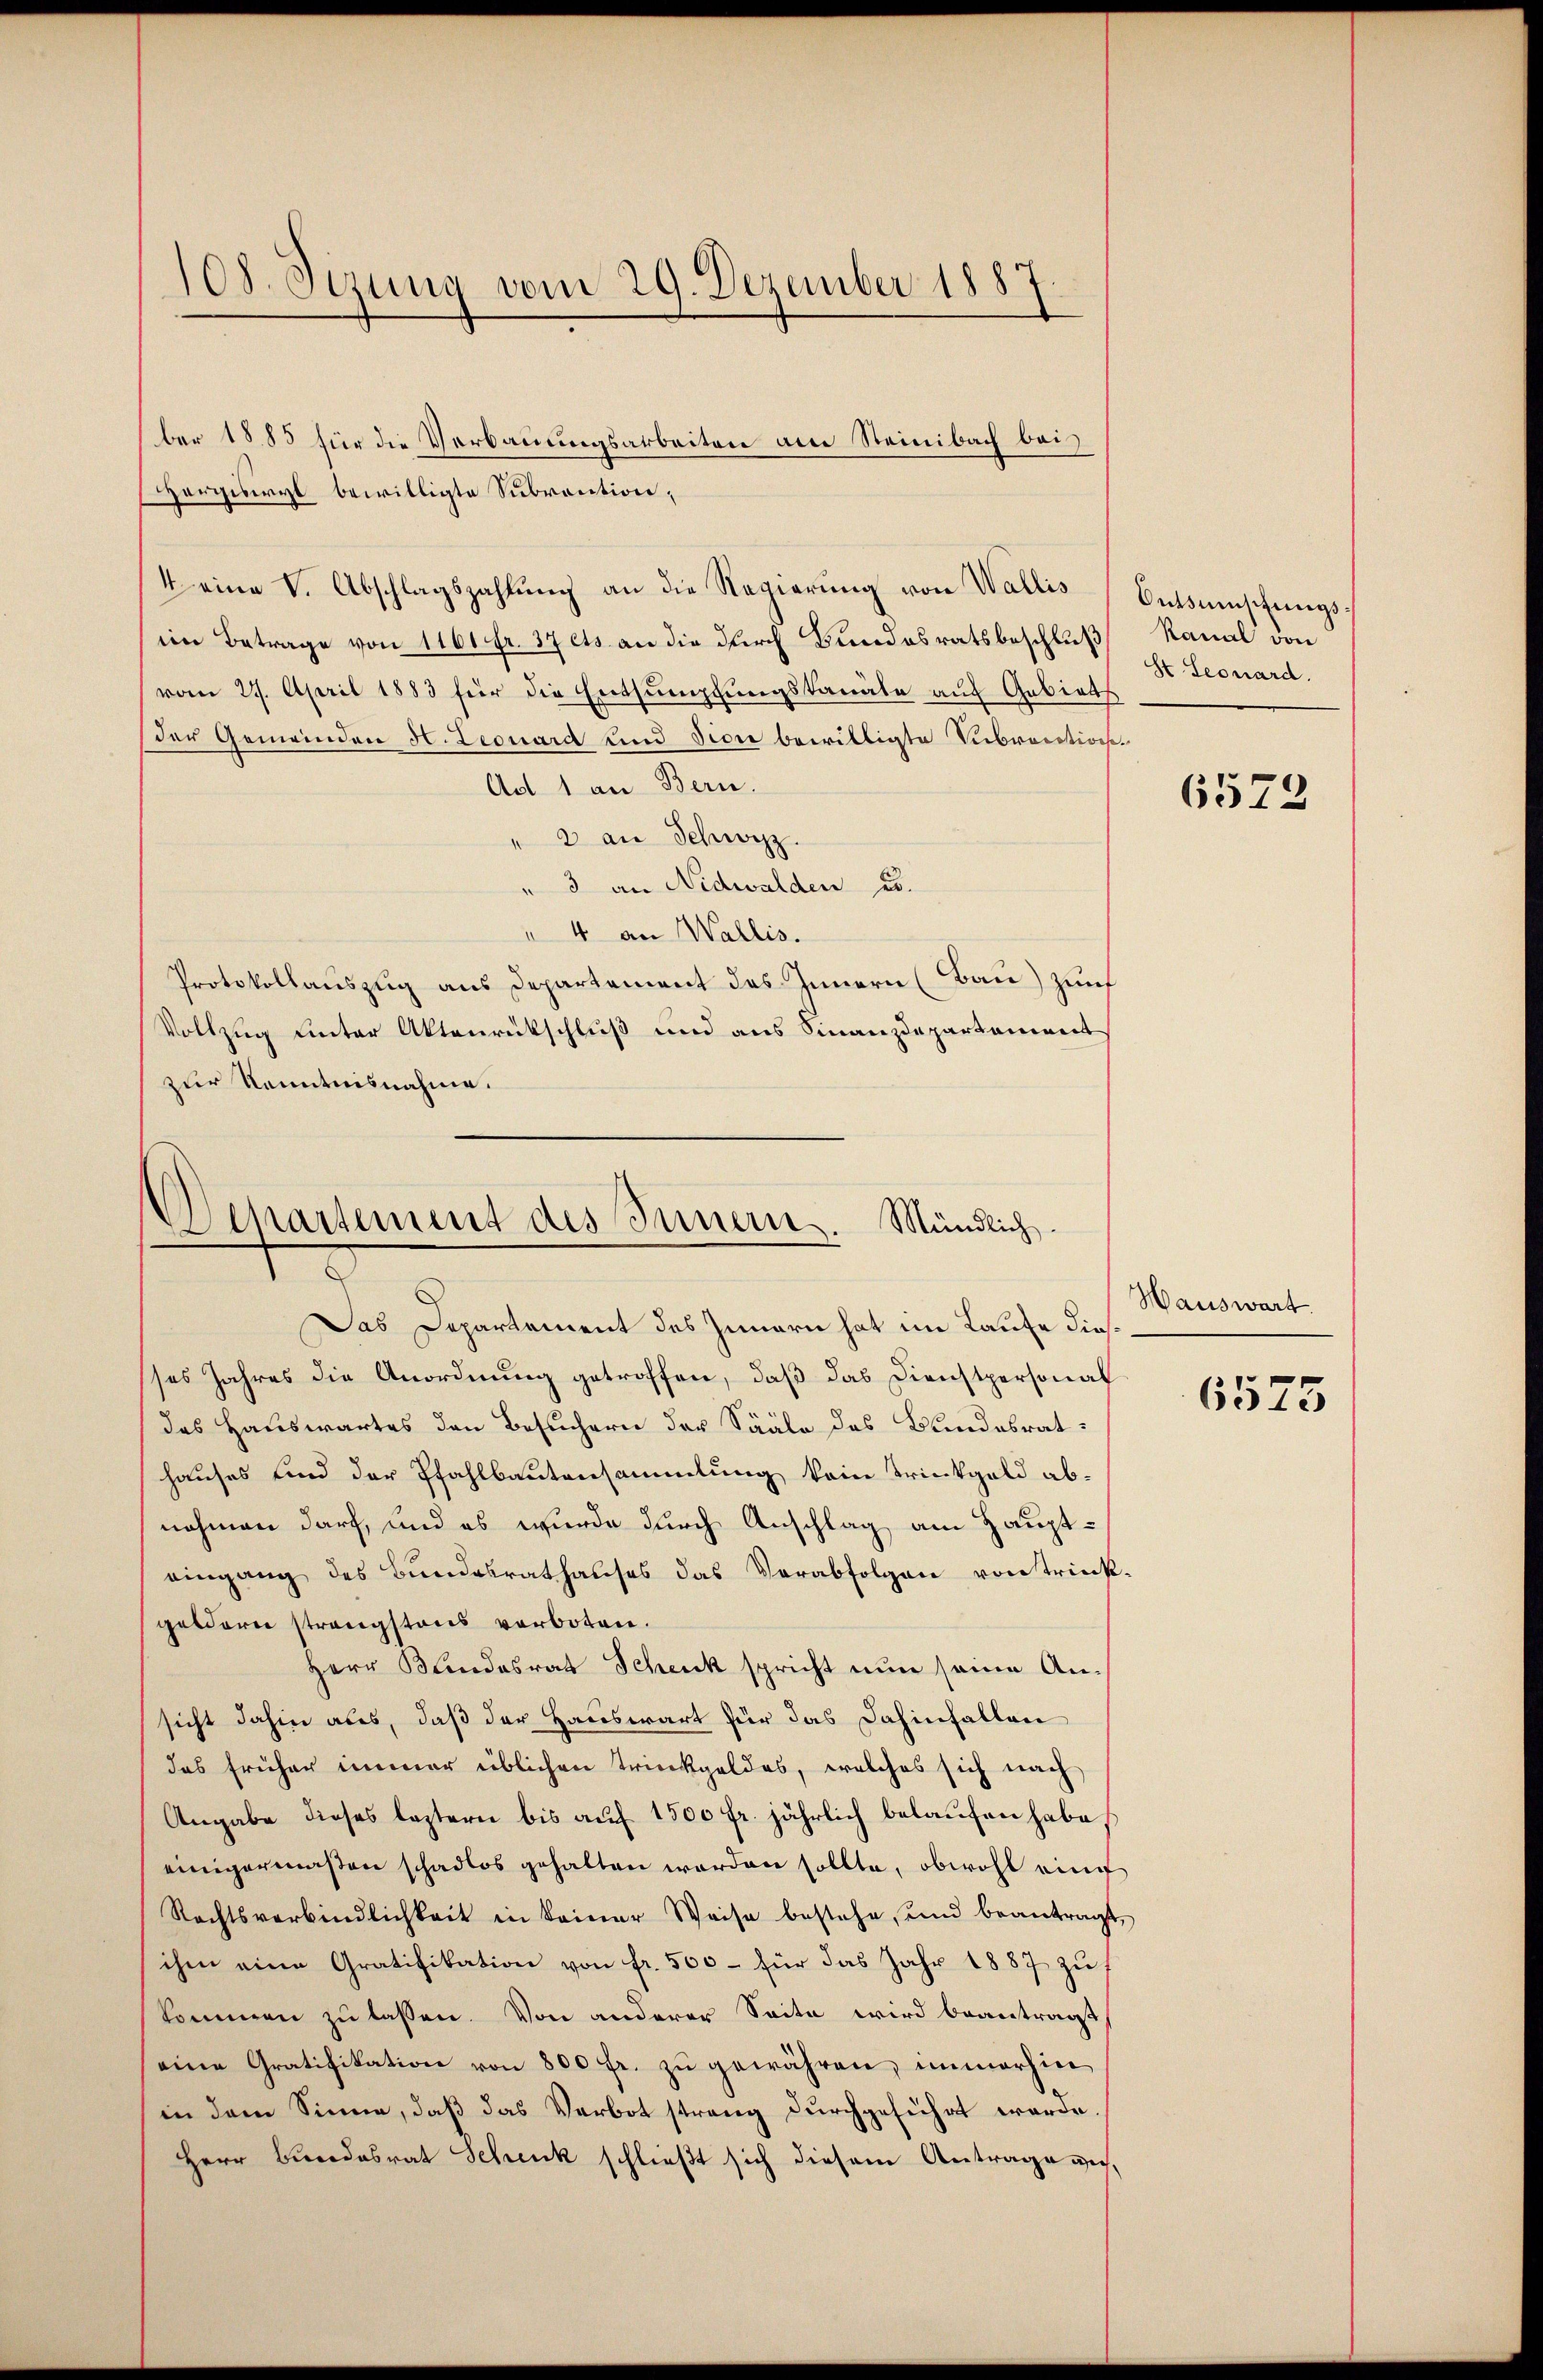
108. Sizung vom 29. Dezember 1887.

ber 1885 für die Verbauungsarbeiten am Steinbach bei
Hergisiryt bewilligte Subvention,
4 eine V. Abschlagszahlung an die Regierung von Wallis
im Betrage von 1161 fr. 37 ets an die durch Bundesratsbeschluß
vom 27. April 1883 für die Entsumpfungskanäle auf Gebiets
der Gemeinden H. Leonard und dione bewilligte Subventionen
Ad 1 an Bern.
2 an Schwyz.
" 3 an Nidwalden u.
" 4 an Wallis.
Protokollauszug aus Departement des Innern (Bau) Zunf
Vollzug unter Aktenrückschluß und aus Finanzdepartement
zur Kenntnisnahme.

Departement des Innern. Mündlich.

Das Departement des Innern hat im Laufe diesses Jahres die Anordnung getroffen, daß das Dienstpersonal
das Hauswartes den Besuchern der Sääle des Bundesrat
hauses und der Pfahlbautensammlung kein Trinkgeld abnehmen darf, und es wurde durch Anschlag am Haupteingang des Bundesrathauses das Verabfolgen von trinkgeldern strengstaus verboten.
Herr Bundesrat Schenk spricht nun seine Ansicht dahin ales, daß der Hauswart für das dahinfallen
das früher immer üblichen Trinkgeldes, welches sich nach
Angabe dieses leztern bis auf 1500 fr. jährlich belaufen habe,
einigermaßen schadlos gehalten worden sollte, obwohl eine
Rechtsverbindlichkeit in keiner Weise bestehe, und beantragt,
ihm eine Gratifikation von fr. 500 - für das Jahr 1887 zu
kommen zu lassen. Von anderer Seite wird beantragt
eine Gratifikation von 800 fr. zŭ gewähren, immerhin
in dem Sinne, daß das Verbot streng durchgeführt werde
Herr Bundesrat Schenk schließt sich diesem Antrage ver¬

Ontsmschungs¬
Kanal von
St Seonard.

6572

Hauswart.

6575